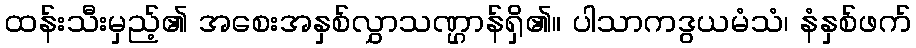
ထန်းသီးမှည့်၏ အစေးအနှစ်လွှာသဏ္ဌာန်ရှိ၏။ ပါသာကဒွယမံသံ၊ နံနှစ်ဖက်